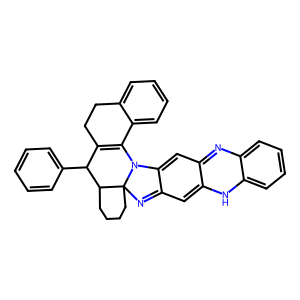
SMILES: c1ccc(C2C3=C(c4ccccc4CC3)N3c4cc5c(cc4=NC34CCCCC24)Nc2ccccc2N=5)cc1
Inhibits HIV replication: No